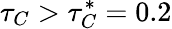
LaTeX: \tau_{C}>\tau_{C}^{*}=0.2